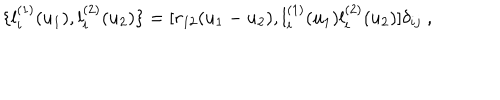
\{ l _ { i } ^ { ( 1 ) } ( u _ { 1 } ) , l _ { i } ^ { ( 2 ) } ( u _ { 2 } ) \} = [ r _ { 1 2 } ( u _ { 1 } - u _ { 2 } ) , l _ { i } ^ { ( 1 ) } ( u _ { 1 } ) l _ { i } ^ { ( 2 ) } ( u _ { 2 } ) ] \delta _ { i j } ~ ,